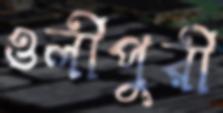
ওলীপুরী